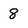
Character: 8